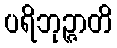
ပရိဘုဉ္ဇာတိ